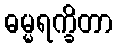
ဓမ္မရက္ခိတာ